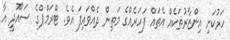
ހަރުކަށި އިންޒާރުތަކެއް އެތައް ފަހަރެއްގެ މަތިން ދެއްވައިފަ އެވެ. ޓްރަމްޕްގެ ސައޫދީ އާ